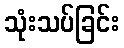
သုံးသပ်ခြင်း